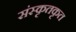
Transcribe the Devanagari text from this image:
संस्कृतकृत